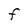
Character: F